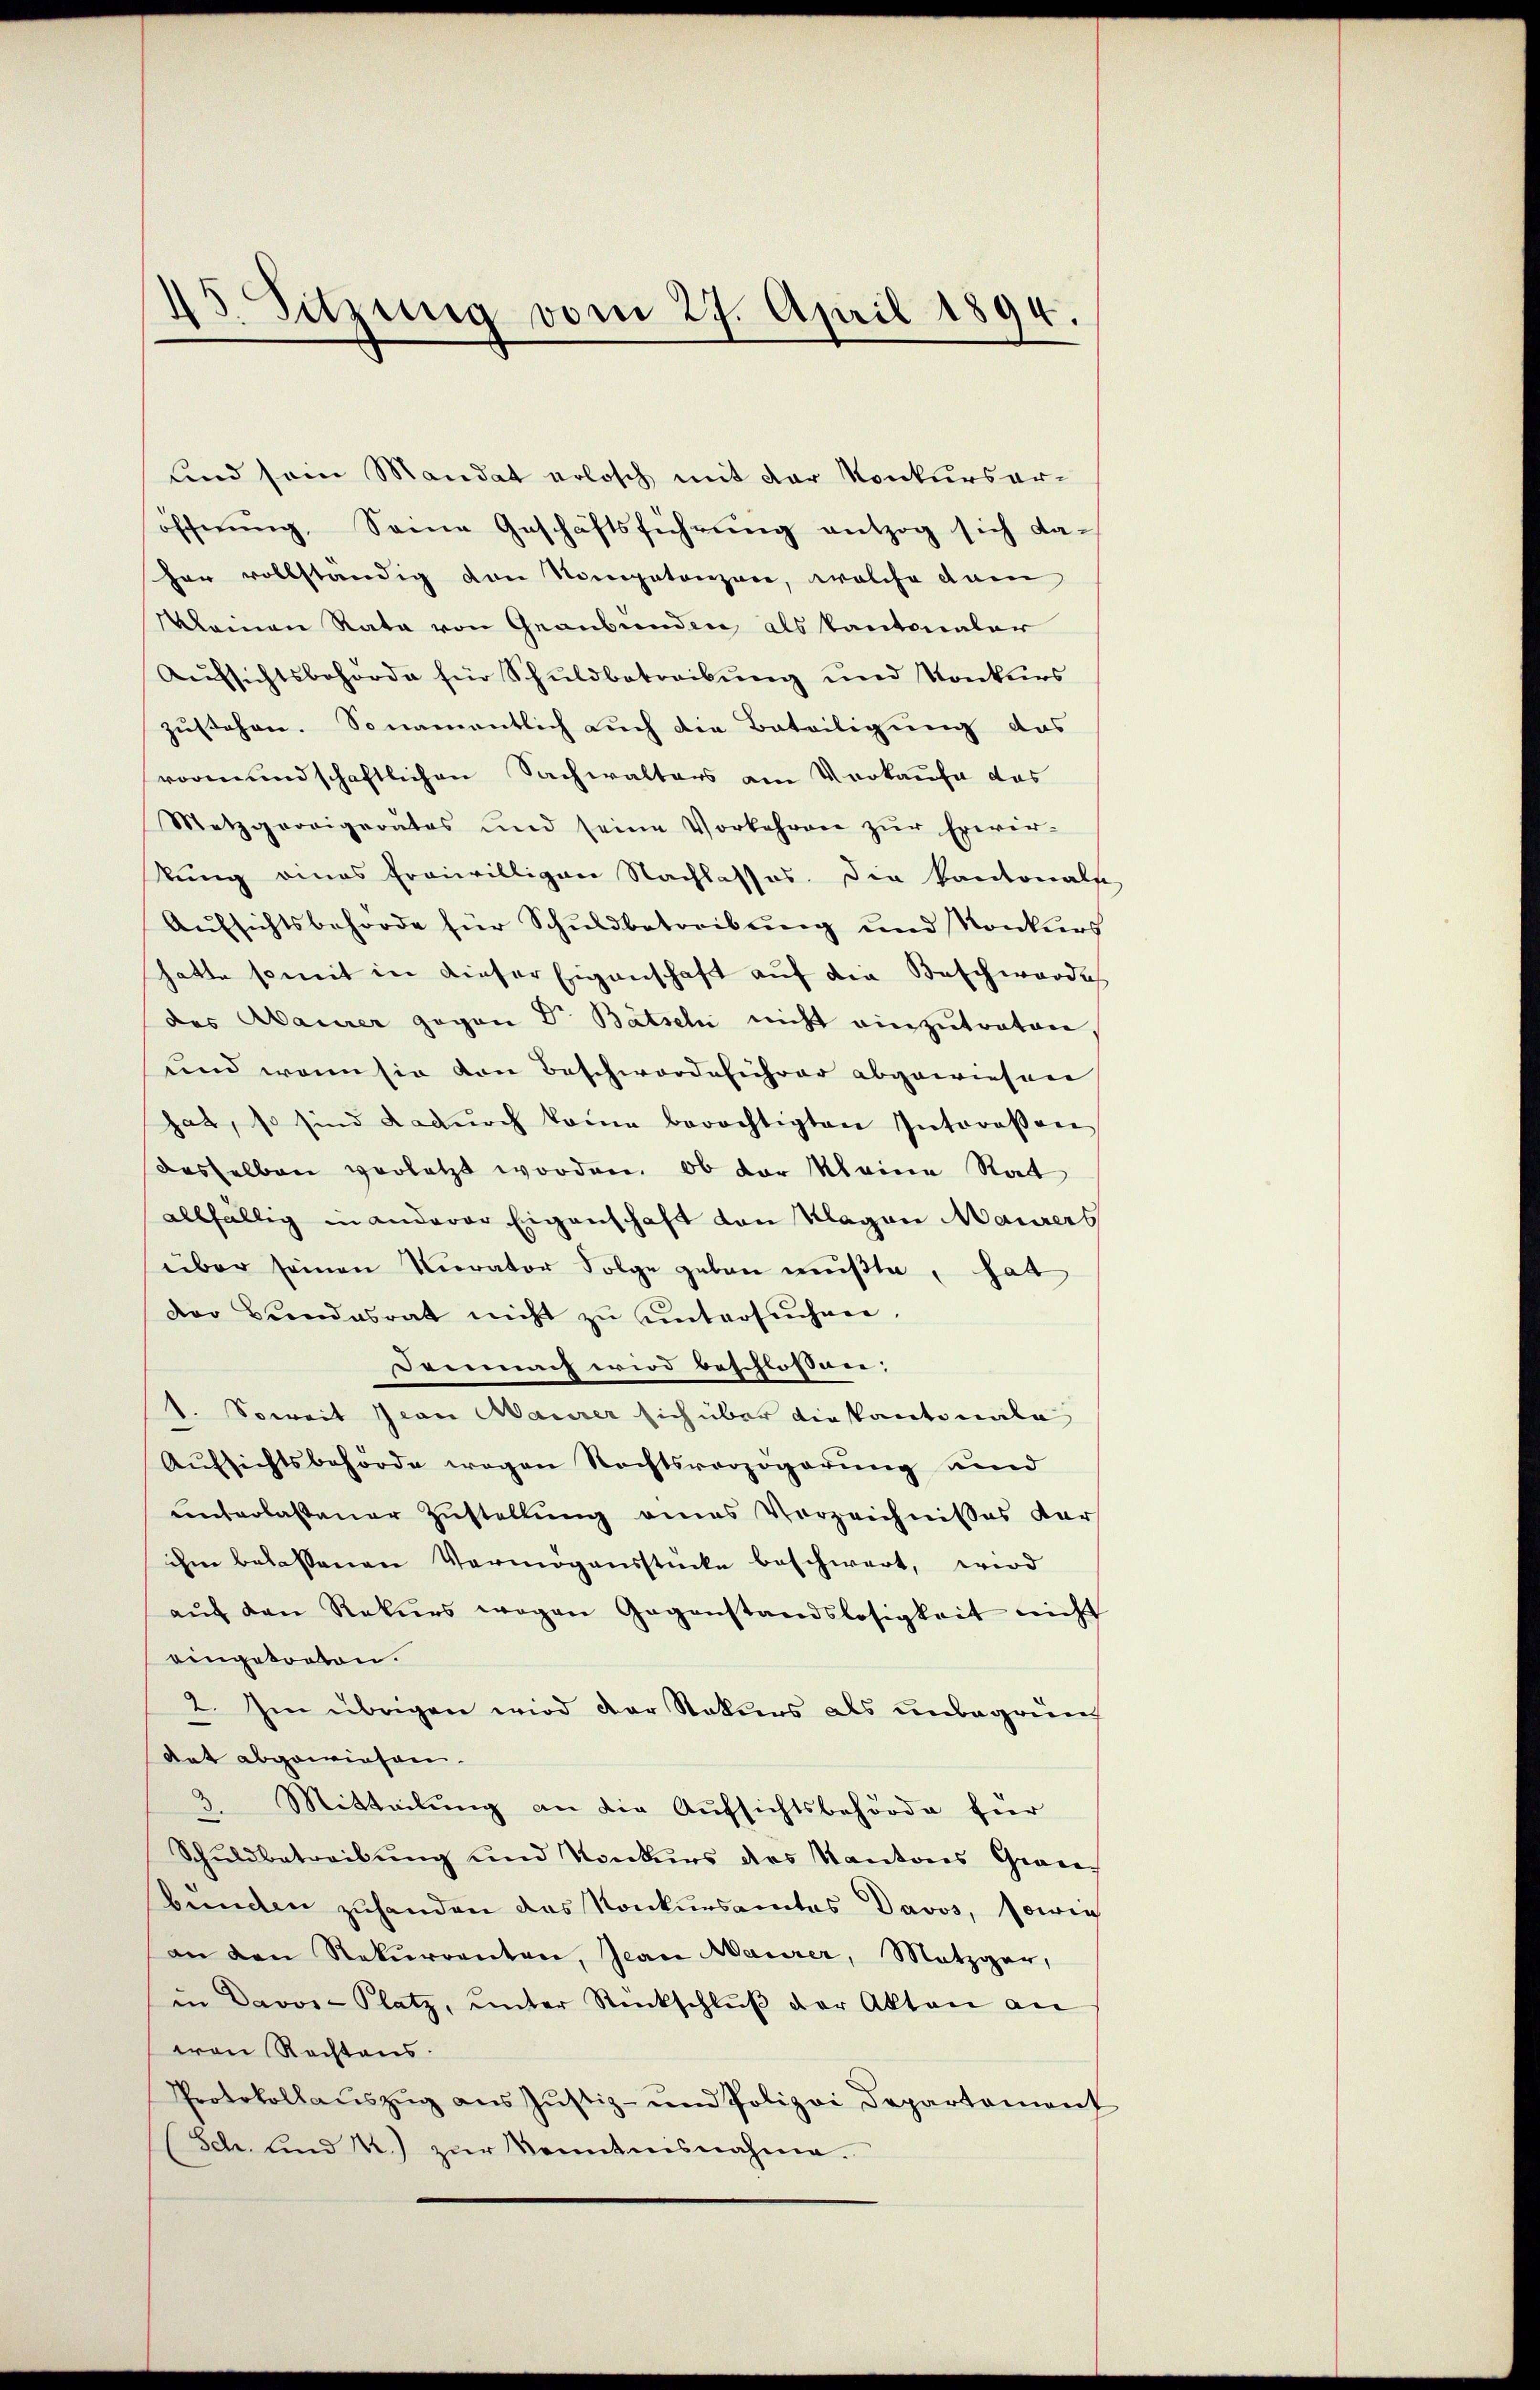
5. Sitzung vom 27. April 1894.

und sein Mandat erlosch mit der Konkursaröfferŭng, Same Geschäftsführung entzog sich daher vollständig von Nompetenzen, welche dam
Mlainen Rata von Graubünden, als Kantonaler
Aŭfsichtsbehörde für Schuldbetreibŭng und Konkurs
zustehen. Sonamentlich auch die Beteiligung das
vormundschaftlichen Sachwalters am Vorkaufe das
Metzgereigerates und seine Vorkehren zŭr Erwir-
kung eines freiwilligen Nachlasses. Die Kantonals
Aŭfsichtsbehörde für Schŭldbetreibŭng und Konkurs
hatte somit in dieser Eigenschaft auf die Beschworde
das Mainer gegen Dr. Bätseln nicht einzutraten
und wenn sie von Beschwerdeführer abgewiesen
hat, so sind dadŭrch keine berechtigten Interosen
dasselben verletzt worden. Ob der Kleine Rat
allfällig in anderer Eigenschaft von Klagen Maurers
über seinen Vierator Folge geben müßte, hat
der Bundesrat nicht zŭ ŭntersŭchen,
Demnach wird beschlossen:
1. Soweit Jean Maurer sich über die kantonala
Aufsichtsbehörde wegen Rechtsverzögerung und
unterlassener Zustellŭng eines Vorzeichnisses dar
ihm belassenen Vermögensstücke beschwert, wird
aŭf den Rekŭrs wegen Gegenstandslosigkeit nicht
eingetreten.
2. Im übrigen wird der Naturs als unbegrün
Aat abgewiesen.
3. Mitteilung an die Aufsichtsbehörde für
Schuldbetreibung und Konkurs des Kantons Grau-
benden zuhanden das Konkursamtes Davos, sowie
an den Rekurrenten, Jean Maurer, Metzger,
in Davos- Platz, ŭnter Rückschlŭβ der Akten an
von Rechtens.
Protokollauszug aus Justiz- und Polizei Departement
Sch. sind k.) zur Kenntnisnahme.